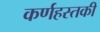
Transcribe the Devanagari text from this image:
कर्णहस्तकी